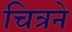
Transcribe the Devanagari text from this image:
चित्रने